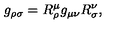
g _ { \rho \sigma } = R _ { \rho } ^ { \mu } g _ { \mu \nu } R _ { \sigma } ^ { \nu } ,